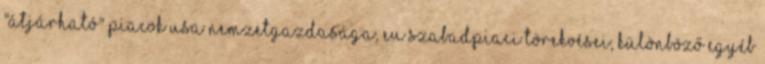
"átjárható" piacok USA nemzetgazdasága, EU szabadpiaci törekvései, különböző egyéb